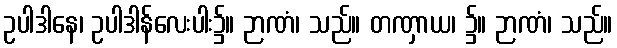
ဥပါဒါနေ၊ ဥပါဒါန်လေးပါး၌။ ဉာဏံ၊ သည်။ တဏှာယ၊ ၌။ ဉာဏံ၊ သည်။